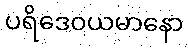
ပရိဒေဝယမာနော